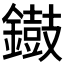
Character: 𨭸